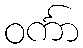
ဝင်္ကာ